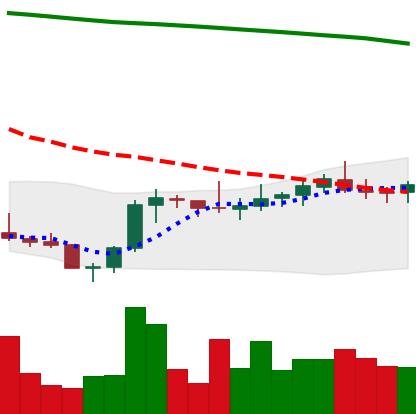
Ticker: XLM-USD
Chart end date: 2021-08-04
Forward return: 6.713%
Label: up_5_7